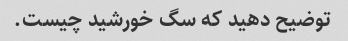
توضیح دهید که سگ خورشید چیست.